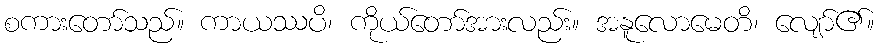
စကားတော်သည်။ ကာယဿပိ၊ ကိုယ်တော်အားလည်း။ အနူလောမေတိ၊ လျော်၏။